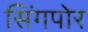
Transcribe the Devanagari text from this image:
सिंगपोर